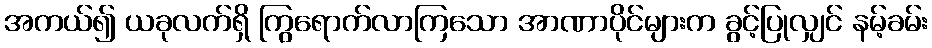
အကယ်၍ ယခုလက်ရှိ ကြွရောက်လာကြသော အာဏာပိုင်များက ခွင့်ပြုလျှင် နမ့်ခမ်း